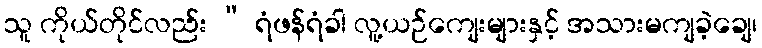
သူ ကိုယ်တိုင်လည်း “ ရံဖန်ရံခါ လူ့ယဉ်ကျေးများနှင့် အသားမကျခဲ့ချေ၊